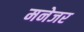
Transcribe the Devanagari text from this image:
मनेजर